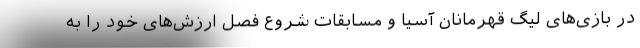
در بازی‌های لیگ قهرمانان آسیا و مسابقات شروع فصل ارزش‌های خود را به